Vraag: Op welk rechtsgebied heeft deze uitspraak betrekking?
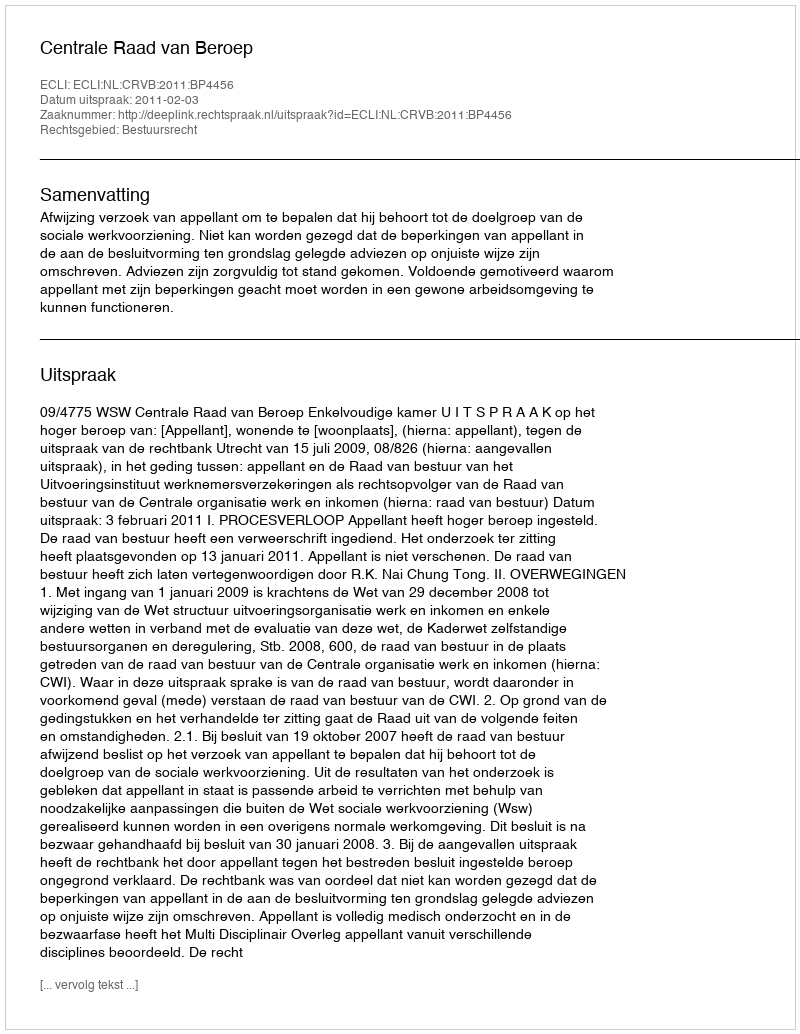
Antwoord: Bestuursrecht